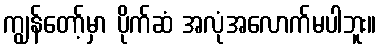
ကျွန်တော့်မှာ ပိုက်ဆံ အလုံအလောက်မပါဘူး။